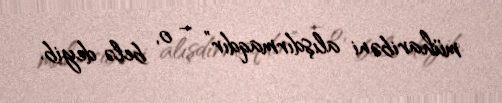
müharibəni alışdırmaqdır” – o, belə deyib.